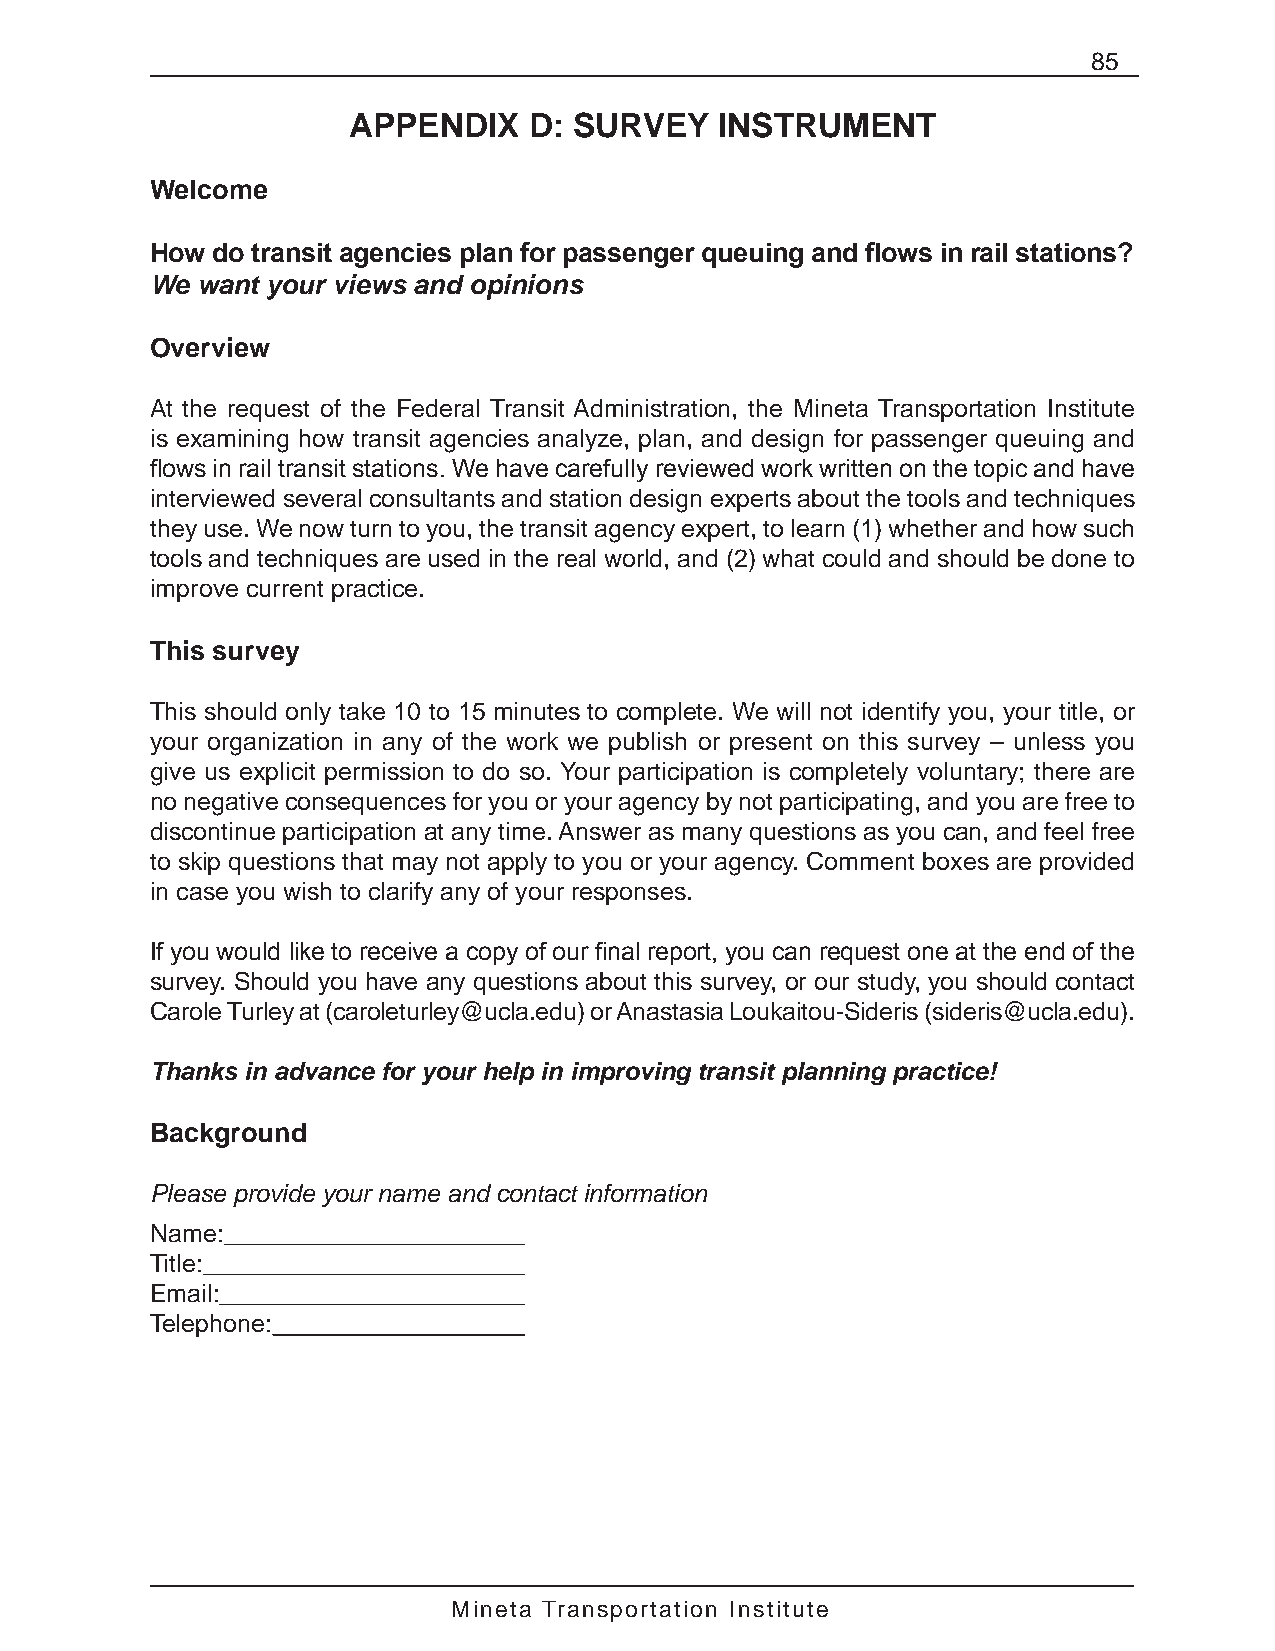
85
 APPENDIX    D: SURVEY    INSTRUMENT
 Welcome
 How do transit agencies plan for passenger queuing and flows in rail stations?
 We want your views and opinions
 Overview
 At the request of the Federal Transit Administration, the Mineta Transportation Institute
 is examining how transit agencies analyze, plan, and design for passenger queuing and
 flows in rail transit stations. We have carefully reviewed work written on the topic and have
 interviewed several consultants and station design experts about the tools and techniques
 they use. We now turn to you, the transit agency expert, to learn (1) whether and how such
 tools and techniques are used in the real world, and (2) what could and should be done to
 improve current practice.
 This survey
 This should only take 10 to 15 minutes to complete. We will not identify you, your title, or
 your organization in any of the work we publish or present on this survey – unless you
 give us explicit permission to do so. Your participation is completely voluntary; there are
 no negative consequences for you or your agency by not participating, and you are free to
 discontinue participation at any time. Answer as many questions as you can, and feel free
 to skip questions that may not apply to you or your agency. Comment boxes are provided
 in case you wish to clarify any of your responses.
 If you would like to receive a copy of our final report, you can request one at the end of the
 survey. Should you have any questions about this survey, or our study, you should contact
 Carole Turley at (caroleturley@ucla.edu) or Anastasia Loukaitou-Sideris (sideris@ucla.edu).
 Thanks in advance for your help in improving transit planning practice!
 Background
 Please provide your name and contact information
 Name:
 Title:
 Email:
 Telephone:
 Mineta Transportation Institute